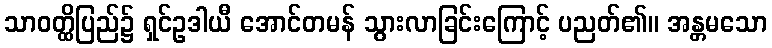
သာဝတ္ထိပြည်၌ ရှင်ဥဒါယီ အောင်တမန် သွားလာခြင်းကြောင့် ပညတ်၏။ အန္တမသော